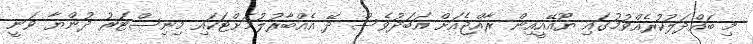
މި ބައްދަލުކުރެއްވުމުގައި ޔޫއޭއީއިން ރާއްޖެއަށް އަބަދުވެސް ދޭ އެއްބާރުލުމަށްޓަކައި މިނިސްޓަރު ދުންޔާ ވަނީ